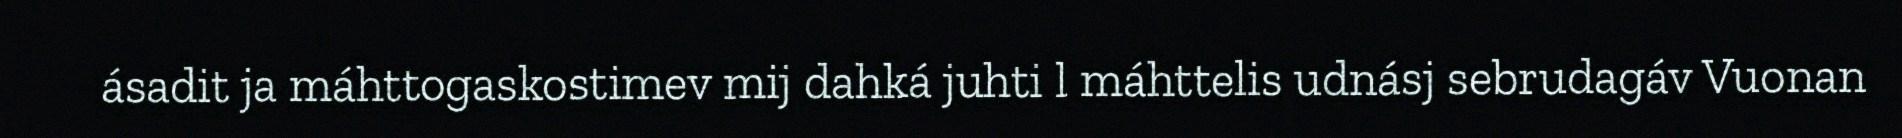
ásadit ja máhttogaskostimev mij dahká juhti l máhttelis udnásj sebrudagáv Vuonan